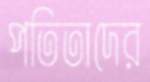
পতিতাদের